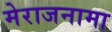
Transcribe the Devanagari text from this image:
मेराजनामा